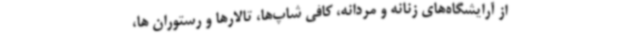
از آرایشگاه‌های زنانه و مردانه، کافی شاپ‌ها، تالارها و رستوران ها،